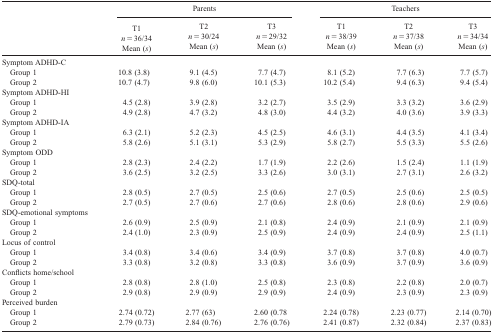
<table><thead><tr><td></td><td colspan="3"><b>Parents</b></td><td colspan="3"><b>Teachers</b></td></tr><tr><td></td><td><b>T1 <i>n</i> = 36/34 Mean (<i>s</i>)</b></td><td><b>T2 <i>n</i> = 30/24 Mean (<i>s</i>)</b></td><td><b>T3 <i>n</i> = 29/32 Mean (<i>s</i>)</b></td><td><b>T1 <i>n</i> = 38/39 Mean (<i>s</i>)</b></td><td><b>T2 <i>n</i> = 37/38 Mean (<i>s</i>)</b></td><td><b>T3 <i>n</i> = 34/34 Mean (<i>s</i>)</b></td></tr></thead><tbody><tr><td colspan="7">Symptom ADHD-C</td></tr><tr><td> Group 1</td><td>10.8 (3.8)</td><td>9.1 (4.5)</td><td>7.7 (4.7)</td><td>8.1 (5.2)</td><td>7.7 (6.3)</td><td>7.7 (5.7)</td></tr><tr><td> Group 2</td><td>10.7 (4.7)</td><td>9.8 (6.0)</td><td>10.1 (5.3)</td><td>10.2 (5.4)</td><td>9.4 (6.3)</td><td>9.4 (5.4)</td></tr><tr><td colspan="7">Symptom ADHD-HI</td></tr><tr><td> Group 1</td><td>4.5 (2.8)</td><td>3.9 (2.8)</td><td>3.2 (2.7)</td><td>3.5 (2.9)</td><td>3.3 (3.2)</td><td>3.6 (2.9)</td></tr><tr><td> Group 2</td><td>4.9 (2.8)</td><td>4.7 (3.2)</td><td>4.8 (3.0)</td><td>4.4 (3.2)</td><td>4.0 (3.6)</td><td>3.9 (3.3)</td></tr><tr><td colspan="7">Symptom ADHD-IA</td></tr><tr><td> Group 1</td><td>6.3 (2.1)</td><td>5.2 (2.3)</td><td>4.5 (2.5)</td><td>4.6 (3.1)</td><td>4.4 (3.5)</td><td>4.1 (3.4)</td></tr><tr><td> Group 2</td><td>5.8 (2.6)</td><td>5.1 (3.1)</td><td>5.3 (2.9)</td><td>5.8 (2.7)</td><td>5.5 (3.3)</td><td>5.5 (2.6)</td></tr><tr><td colspan="7">Symptom ODD</td></tr><tr><td> Group 1</td><td>2.8 (2.3)</td><td>2.4 (2.2)</td><td>1.7 (1.9)</td><td>2.2 (2.6)</td><td>1.5 (2.4)</td><td>1.1 (1.9)</td></tr><tr><td> Group 2</td><td>3.6 (2.5)</td><td>3.2 (2.5)</td><td>3.3 (2.6)</td><td>3.0 (3.1)</td><td>2.7 (3.1)</td><td>2.6 (3.2)</td></tr><tr><td colspan="7">SDQ-total</td></tr><tr><td> Group 1</td><td>2.8 (0.5)</td><td>2.7 (0.5)</td><td>2.5 (0.6)</td><td>2.7 (0.5)</td><td>2.5 (0.6)</td><td>2.5 (0.5)</td></tr><tr><td> Group 2</td><td>2.7 (0.5)</td><td>2.7 (0.6)</td><td>2.7 (0.6)</td><td>2.8 (0.6)</td><td>2.8 (0.6)</td><td>2.9 (0.6)</td></tr><tr><td colspan="7">SDQ-emotional symptoms</td></tr><tr><td> Group 1</td><td>2.6 (0.9)</td><td>2.5 (0.9)</td><td>2.1 (0.8)</td><td>2.4 (0.9)</td><td>2.1 (0.9)</td><td>2.1 (0.9)</td></tr><tr><td> Group 2</td><td>2.4 (1.0)</td><td>2.3 (0.9)</td><td>2.5 (0.9)</td><td>2.4 (0.9)</td><td>2.4 (0.9)</td><td>2.5 (1.1)</td></tr><tr><td colspan="7">Locus of control</td></tr><tr><td> Group 1</td><td>3.4 (0.8)</td><td>3.4 (0.6)</td><td>3.4 (0.9)</td><td>3.7 (0.8)</td><td>3.7 (0.8)</td><td>4.0 (0.7)</td></tr><tr><td> Group 2</td><td>3.3 (0.8)</td><td>3.2 (0.8)</td><td>3.3 (0.8)</td><td>3.6 (0.9)</td><td>3.7 (0.9)</td><td>3.6 (0.9)</td></tr><tr><td colspan="7">Conflicts home/school</td></tr><tr><td> Group 1</td><td>2.8 (0.8)</td><td>2.8 (1.0)</td><td>2.5 (0.8)</td><td>2.3 (0.8)</td><td>2.2 (0.8)</td><td>2.0 (0.7)</td></tr><tr><td> Group 2</td><td>2.9 (0.8)</td><td>2.9 (0.9)</td><td>2.9 (0.9)</td><td>2.4 (0.9)</td><td>2.3 (0.9)</td><td>2.3 (0.9)</td></tr><tr><td colspan="7">Perceived burden</td></tr><tr><td> Group 1</td><td>2.74 (0.72)</td><td>2.77 (63)</td><td>2.60 (0.78</td><td>2.24 (0.78)</td><td>2.23 (0.77)</td><td>2.14 (0.70)</td></tr><tr><td> Group 2</td><td>2.79 (0.73)</td><td>2.84 (0.76)</td><td>2.76 (0.76)</td><td>2.41 (0.87)</td><td>2.32 (0.84)</td><td>2.37 (0.83)</td></tr></tbody></table>